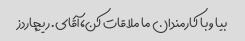
بیا و با کارمندان ما ملاقات کن، آقای. ریچاردز